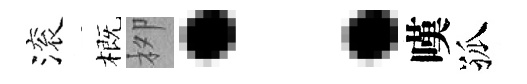
滚概栁：嘆孤